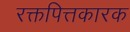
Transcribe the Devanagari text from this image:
रक्तपित्तकारक